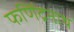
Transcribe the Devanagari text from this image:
फणिंद्रनाथ